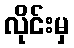
လိုင်းမှ